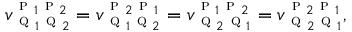
v _ { \textsc { q } _ { 1 } \textsc { q } _ { 2 } } ^ { \textsc { p } _ { 1 } \textsc { p } _ { 2 } } = v _ { \textsc { q } _ { 1 } \textsc { q } _ { 2 } } ^ { \textsc { p } _ { 2 } \textsc { p } _ { 1 } } = v _ { \textsc { q } _ { 2 } \textsc { q } _ { 1 } } ^ { \textsc { p } _ { 1 } \textsc { p } _ { 2 } } = v _ { \textsc { q } _ { 2 } \textsc { q } _ { 1 } } ^ { \textsc { p } _ { 2 } \textsc { p } _ { 1 } } ,